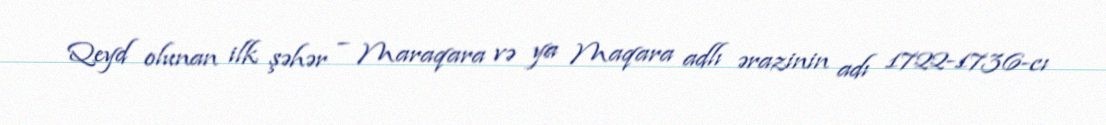
Qeyd olunan ilk şəhər – Maraqara və ya Maqara adlı ərazinin adı 1722-1736-cı